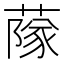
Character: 䔹